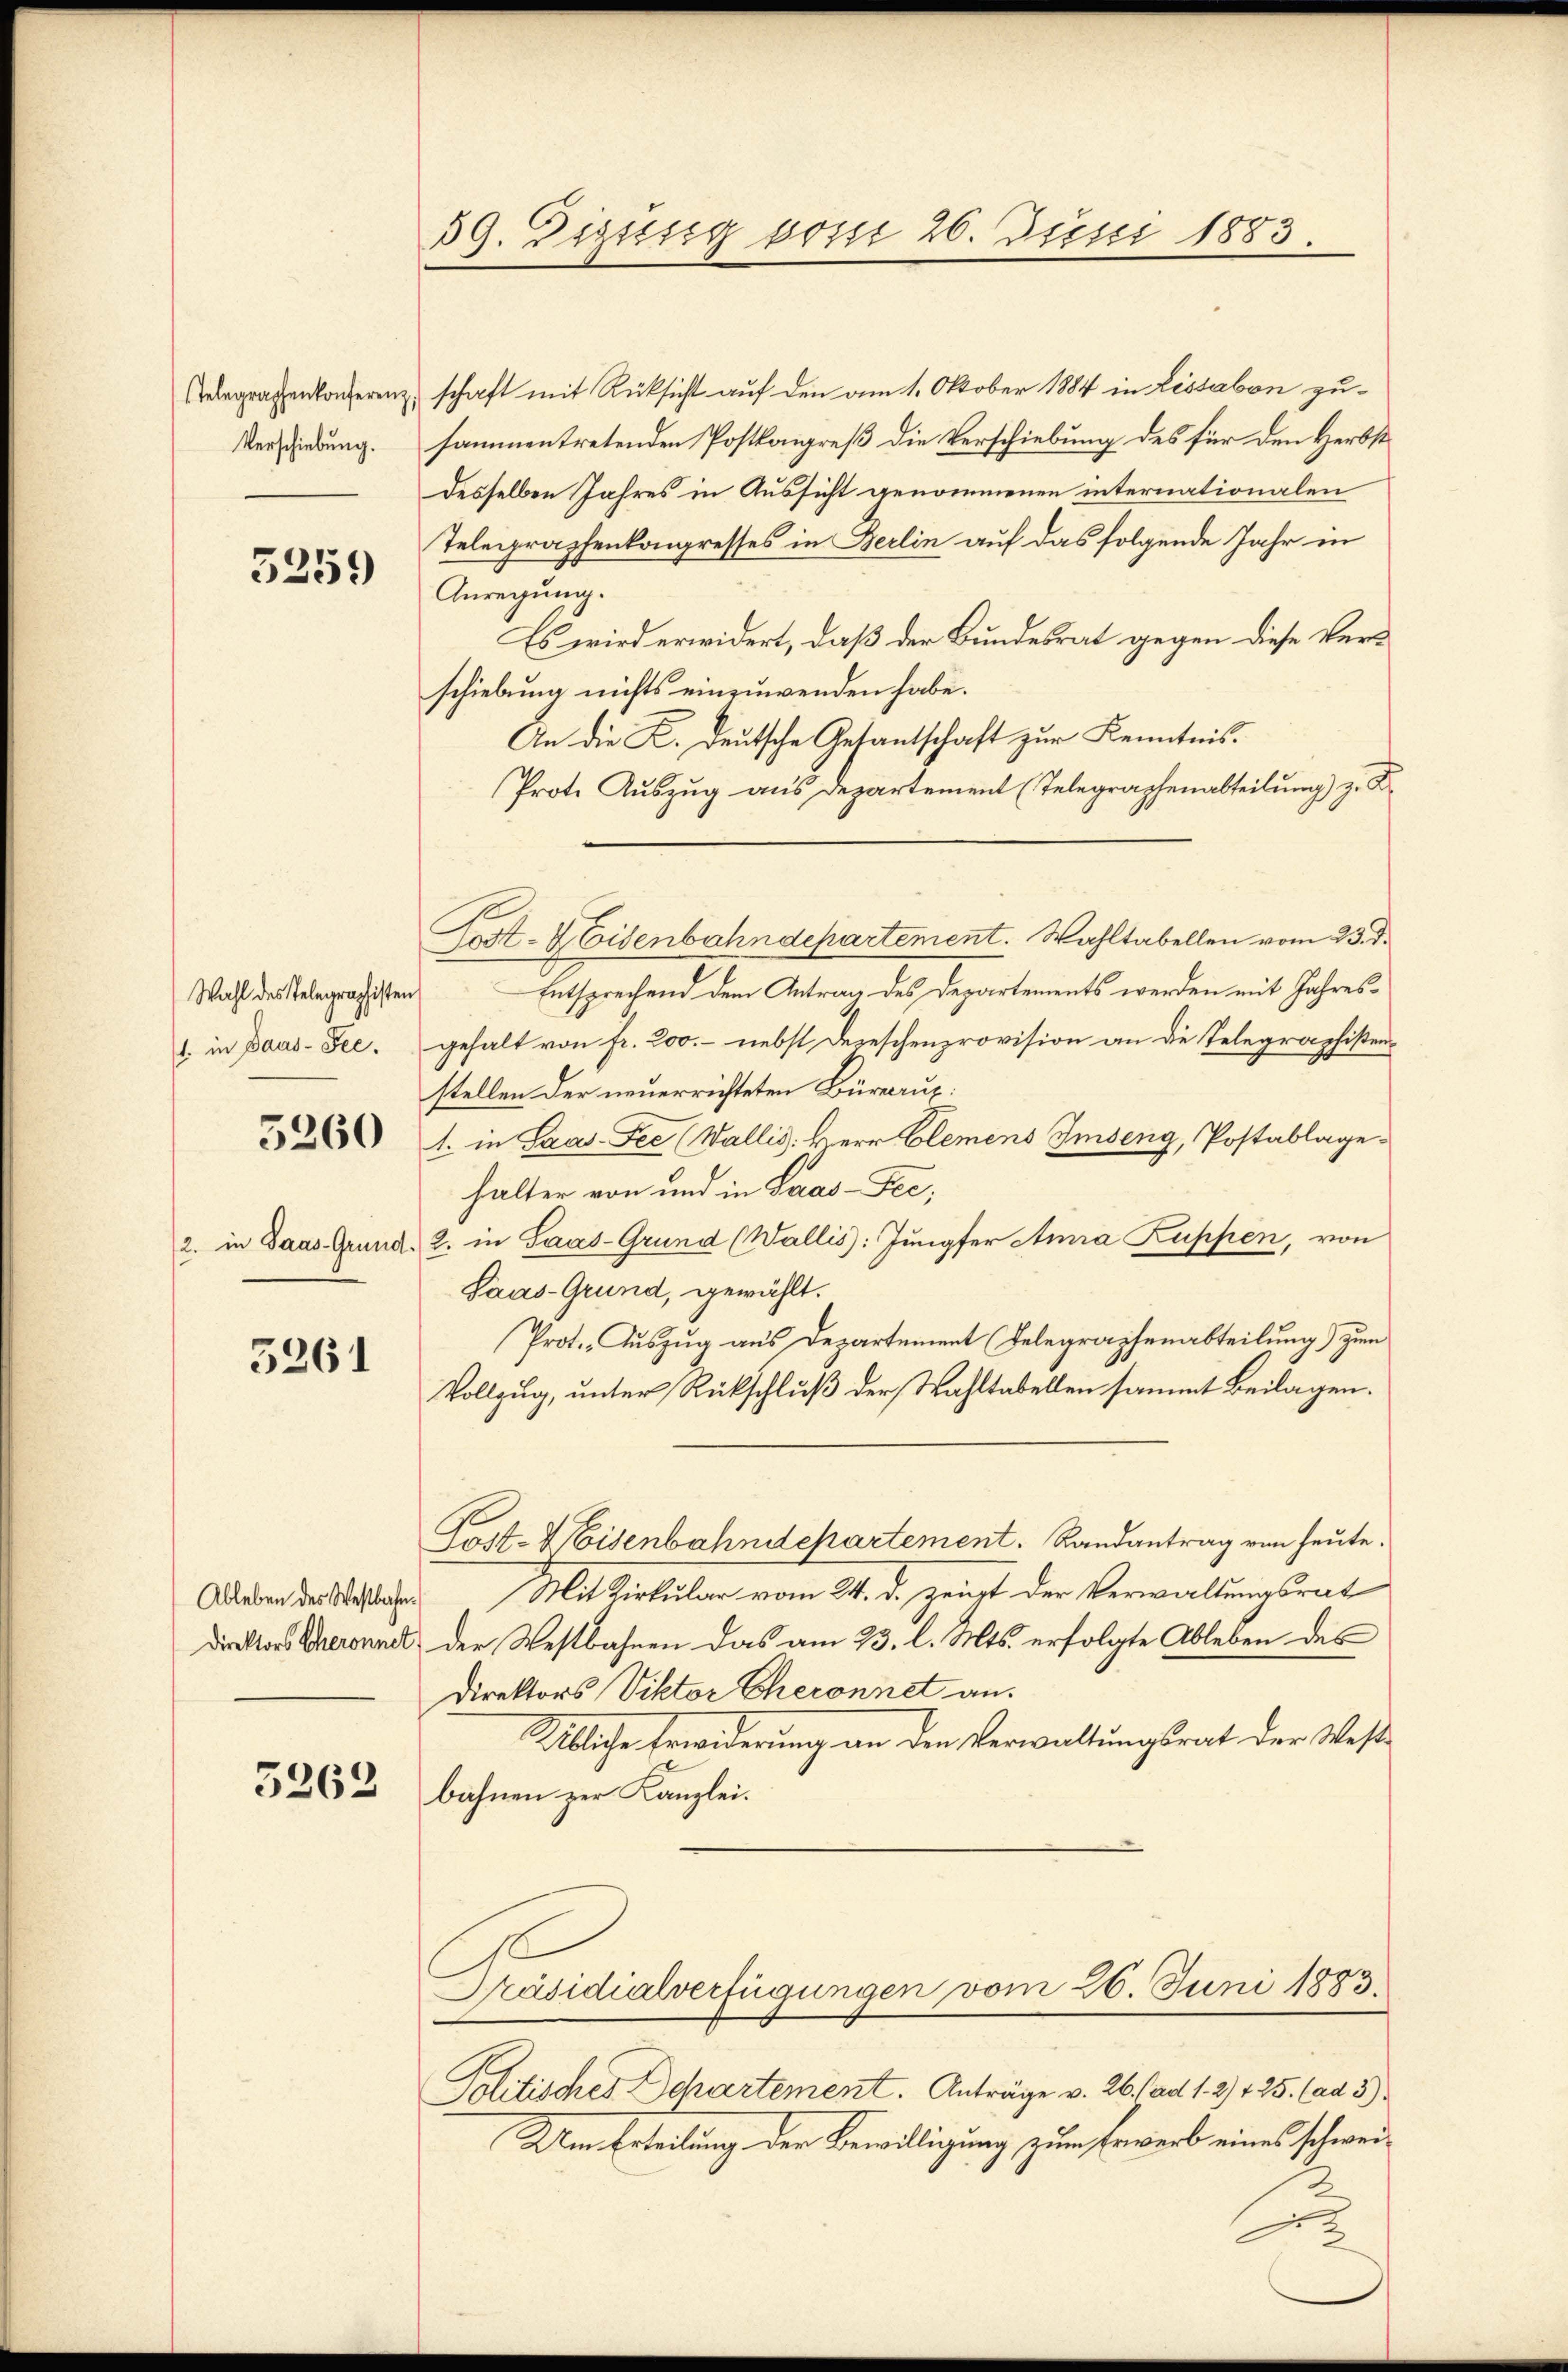
Telegraphenkonferenz
Verschiebung.

5259

Wahl des Telegraphisten
1. in Daus-See.

5260

2. in Saas-Grund

5261

Ableben des Westbahn.
Direktors Cheronnet

5263

59. Disssig vom 26. Juni 1883.

schaft mit Rüksicht auf den am 1. Oktober 1884 in Lissabon zu-
sammentretenden Postkongreß die Verschiebung des für den Herbst
desselben Jahres in Aussicht genommenen internationalen
Telegraphenkongresses in Berlin auf das folgende Jahr in
Anregung.
Es wird erwidert, daß der Bundesrat gegen diese Verschiebung nichts einzuwenden habe.
An die K. Deutsche Getantschaft zur Kenntnis.
Prote Auszug aus Departement (Telegraphenabteilung) zu S
Trdt-Weisenbahndepartement. Wahltabellen vom 23. d.
Entsprechend dem Antrag des Departements werden mit Jahresgehalt von fr. 200.- nebst Depeschenprovision an die Telegraphistenstellen der neuerrichteten Bürarup¬
1. in Laas-Fee (Wallis: Herr Clemens Imseng, Postablagehalter von und in Paas-Fec,
2. in Saas-Grund (Wallis: Jungfer Anna Kuppen, von
Saas-Grund, gewählt.
Prot. Auszug aus Departement Telegraphenabteilung) zum
Vollzug, unter Rückschluß der Wahltabellen sammt Beilagen.
Post- & Eisenbahndchartement. Randantrag von heute.
Mit Kirkular vom 24. d. zeigt der Verwaltungsrat
der Westbahnen das am 23. l. Mts. erfolgte Ableben des
Direktors Viktor Cheronnet an.
Übliche Erwiderung an den Verwaltungsrat der Weste
bahnen zur Kanzlei.
Präsidialverfügungen vom 26. Juni 1883.
Politisches Departement. Anträge v. 26. ad 1. 2) 125. (ad 3.)
Um Erteilung der Bewilligung zum Erwerb eines schwei¬